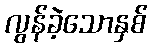
လွန်ခဲ့သောနှစ်